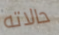
حالاته